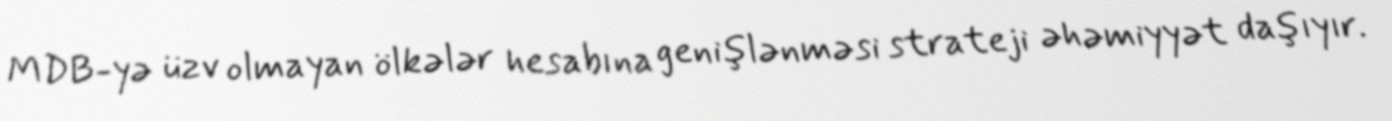
MDB-yə üzv olmayan ölkələr hesabına genişlənməsi strateji əhəmiyyət daşıyır.